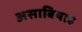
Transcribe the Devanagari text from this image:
असाबियाह